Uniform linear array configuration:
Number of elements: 8
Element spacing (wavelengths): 0.75
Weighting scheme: exponential
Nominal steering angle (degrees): -15
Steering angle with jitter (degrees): -13.913
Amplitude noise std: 0.05
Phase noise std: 0.05

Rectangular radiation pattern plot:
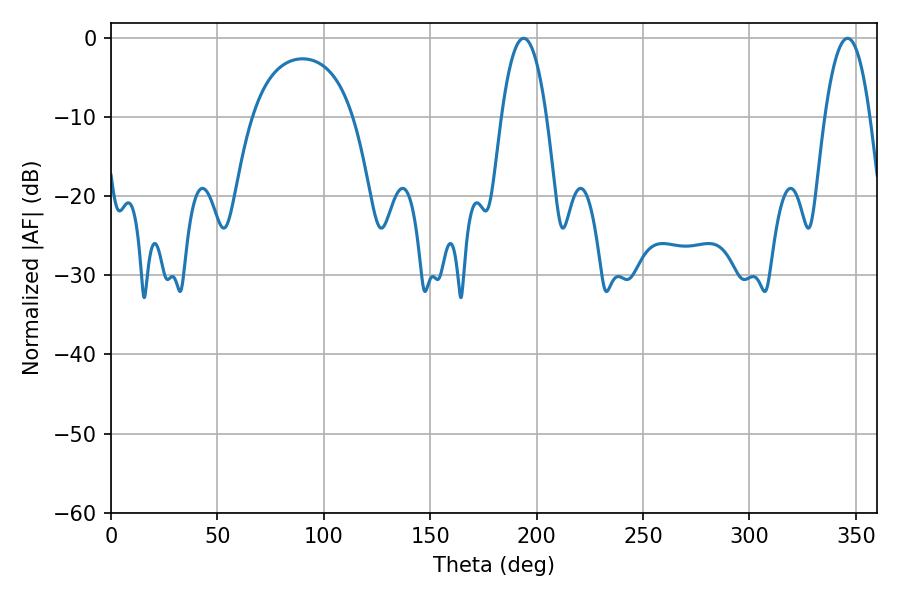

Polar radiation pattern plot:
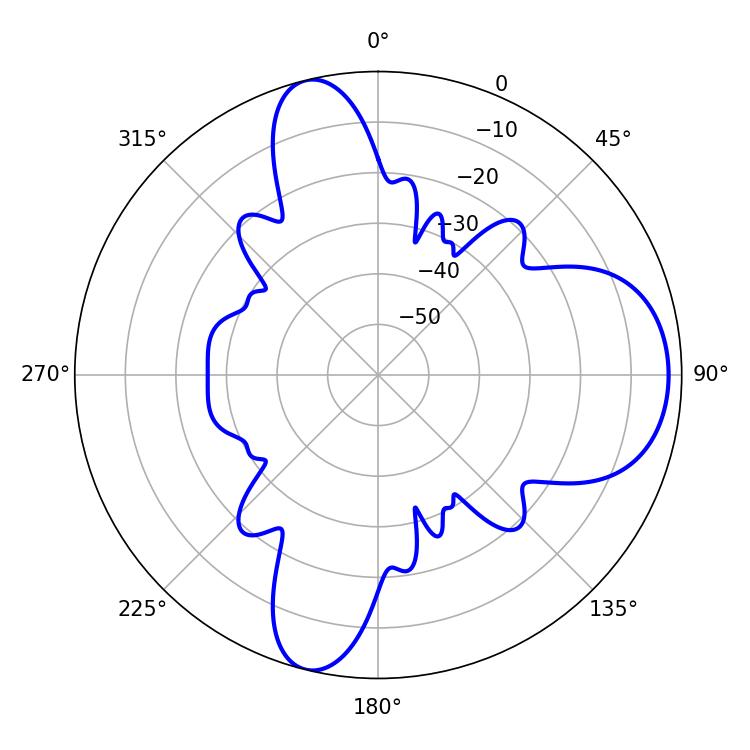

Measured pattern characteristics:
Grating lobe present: TRUE
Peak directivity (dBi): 9.844
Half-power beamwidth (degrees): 11.7
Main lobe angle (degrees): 193.86